Indian journal of veterinary science and animal husbandry - Volumes 15-17, 1948-1951
Year: 1948
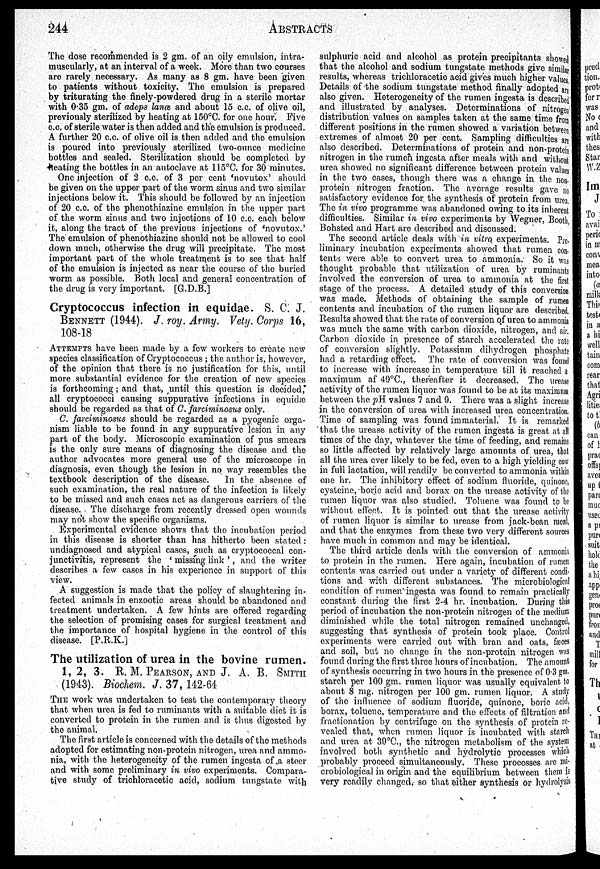
244
ABSTRACTS
The dose recommended is 2 gm. of an oily emulsion, intra-
muscularly, at an interval of a week. More than two courses
are rarely necessary. As many as 8 gm. have been given
to patients without toxicity. The emulsion is prepared
by triturating the finely-powdered drug in a sterile mortar
with 0.35 gm. of adeps lanæ and about 15 c.c. of olive oil,
previously sterilized by heating at 150°C. for one hour. Five
c.c. of sterile water is then added and the emulsion is produced.
A further 20 c.c. of olive oil is then added and the emulsion
is poured into previously sterilized two-ounce medicine
bottles and sealed. Sterilization should be completed by
heating the bottles in an autoclave at 115°C. for 30 minutes.
One injection of 2 c.c. of 3 per cent 'novutox' should
be given on the upper part of the worm sinus and two similar
injections below it. This should be followed by an injection
of 20 c.c. of the phenothiazine emulsion in the upper part
of the worm sinus and two injections of 10 c.c. each below
it, along the tract of the previous injections of 'novutox.'
The emulsion of phenothiazine should not be allowed to cool
down much, otherwise the drug will precipitate. The most
important part of the whole treatment is to see that half
of the emulsion is injected as near the course of the buried
worm as possible. Both local and general concentration of
the drug is very important. [G.D.B.]
Cryptococcus infection in equidae. S. C. J.
BENNETT (1944). J. roy. Army. Vety. Corps 16,
108-18
ATTEMPTS have been made by a few workers to create new
species classification of Cryptococcus ; the author is, however,
of the opinion that there is no justification for this, until
more substantial evidence for the creation of new species
is forthcoming; and that, until this question is decided,
all cryptococci causing suppurative infections in equidæ
should be regarded as that of C. farciminosus only.
C. farciminosus should be regarded as a pyogenic orga
nism liable to be found in any suppurative lesion in any
part of the body. Microscopic examination of pus smears
is the only sure means of diagnosing the disease and the
author advocates more general use of the microscope in
diagnosis, even though the lesion in no way resembles the
textbook description of the disease.
In the absence of
such examination, the real nature of the infection is likely
to be missed and such cases act as dangerous carriers of the
disease. The discharge from recently dressed open wounds
may not show the specific organisms.
Experimental evidence shows that the incubation period
in this disease is shorter than has hitherto been stated :
undiagnosed and atypical cases, such as cryptococcal con-
junctivitis, represent the ' missing link ', and the writer
describes a few cases in his experience in support of this
view.
A suggestion is made that the policy of slaughtering in-
fected animals in enzootic areas should be abandoned and
treatment undertaken. A few hints are offered regarding
the selection of promising cases for surgical treatment and
the importance of hospital hygiene in the control of this
disease. [P.R.K.]
The utilization of urea in the bovine rumen.
1, 2, 3. R. M. PEARSON, AND J. A. B. SMITH
(1943). Biochem. J. 37, 142-64
THE work was undertaken to test the contemporary theory
that when urea is fed to ruminants with a suitable diet it is
converted to protein in the rumen and is thus digested by
the animal.
The first article is concerned with the details of the methods
adopted for estimating non-protein nitrogen, urea and ammo-
nia, with the heterogeneity of the rumen ingesta of a steer
and with some preliminary in vivo experiments. Compara-
tive study of trichloracetic acid, sodium tungstate with
sulphuric acid and alcohol as protein precipitants showed
that the alcohol and sodium tungstate methods give similar
results, whereas trichloracetic acid gives much higher values.
Details of the sodium tungstate method finally adopted are
also given. Heterogeneity of the rumen ingesta is described
and illustrated by analyses. Determinations of nitrogen
distribution values on samples taken at the same time from
different positions in the rumen showed a variation between
extremes of almost 20 per cent. Sampling difficulties are
also described. Determinations of protein and non-protein
nitrogen in the rumen ingesta after meals with and without
urea showed no significant difference between protein values
in the two cases, though there was a change in the non-
protein nitrogen fraction. The average results gave no
satisfactory evidence for the synthesis of protein from urea,
The in vivo programme was abandoned owing to its inherent
difficulties. Similar in vivo experiments by Wegner, Booth,
Bohsted and Hart are described and discussed.
The second article deals with in vitro experiments. Pre-
liminary incubation experiments showed that rumen con-
tents were able to convert urea to ammonia. So it was
thought probable that utilization of urea by ruminants
involved the conversion of urea to ammonia at the first
stage of the process. A detailed study of this conversion
was made. Methods of obtaining the sample of rumen
contents and incubation of the rumen liquor are described.
Results showed that the rate of conversion of urea to ammonia
was much the same with carbon dioxide, nitrogen, and air.
Carbon dioxide in presence of starch accelerated the rate
of conversion slightly. Potassium dihydrogen phosphate
had a retarding effect. The rate of conversion was found
to increase with increase in temperature till it reached a
maximum af 49°C, thereafter it decreased. The urease
activity of the rumen liquor was found to be at its maximum
between the pH. values 7 and 9. There was a slight increase
in the conversion of urea with increased urea concentration,
Time of sampling was found immaterial. It is remarked
that the urease activity of the rumen ingesta is great at all
times of the day, whatever the time of feeding, and remains
so little affected by relatively large amounts of urea, that-
all the urea over likely to be fed, even to a high yielding cow
in full lactation, will readily be converted to ammonia within
one hr. The inhibitory effect of sodium fluoride, quinone,
cysteine, boric acid and borax on the urease activity of the
rumen liquor was also studied. Toluene was found to be
without effect. It is pointed out that the urease activity
of rumen liquor is similar to urease from jack-bean meal,
and that the enzymes from these two very different sources
have much in common and may be identical.
The third article deals with the conversion of ammonia
to protein in the rumen. Here again, incubation of rumen
contents was carried out under a variety of different condi-
tions and with different substances. The microbiological
condition of rumen ingesta was found to remain practically
constant during the first 2-4 hr. incubation. During this
period of incubation the non-protein nitrogen of the medium
diminished while the total nitrogen remained unchanged,
suggesting that synthesis of protein took place. Control
experiments were carried out with bran and oats, fæces
and soil, but no change in the non-protein nitrogen was
found during the first three hours of incubation. The amount
of synthesis occurring in two hours in the presence of 0.3 gm.
starch per 100 gm. rumen liquor was usually equivalent to
about 8 mg. nitrogen per 100 gm. rumen liquor. A study
of the influence of sodium fluoride, quinone, boric acid,
borax, toluene, temperature and the effects of filtration and
fractionation by centrifuge on the synthesis of protein re-
vealed that, when rumen liquor is incubated with starch
and urea at 39°C, the nitrogen metabolism of the system
involved both synthetic and hydrolytic processes which
probably proceed simultaneously. These processes are mi-
crobiological in origin and the equilibrium between them is
very readily changed, so that either synthesis or hydrolysis